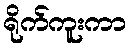
ရိုက်ကူးကာ